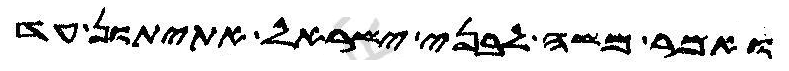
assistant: ואמר משה לבני ישראל אתיתון עד